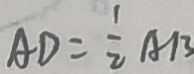
A D = \frac { 1 } { 2 } A B